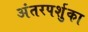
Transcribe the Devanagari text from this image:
अंतरपर्शुका